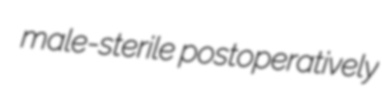
male-sterile postoperatively